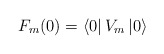
\begin{align*}F_{m}(0)=\left\langle 0\right| V_{m}\left| 0\right\rangle\end{align*}